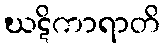
ဃဋိကာရာတိ